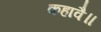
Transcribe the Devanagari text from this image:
कहावै॥